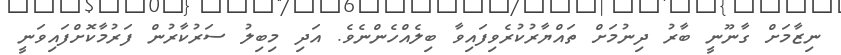
ނިޒާމަށް ގާނޫނީ ބާރު ދިނުމަށް ތައްޔާރުކުރެވިފައިވާ ބިލެއްހެންނެވެ. އަދި މިބިލު ސަރުކާރުން ފަރުމާކޮށްފައިވަނީ